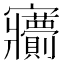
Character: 𡬙